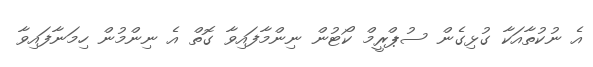
އެ ނުކުތާއަކާ ގުޅިގެން ސުޕްރީމް ކޯޓުން ނިންމާފައިވާ ގޮތް އެ ނިންމުން ހިމަނާފައިވާ